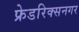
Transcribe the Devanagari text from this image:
फ्रेडरिक्सनगर